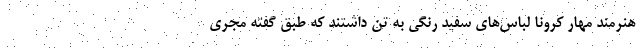
هنرمند مهار کرونا لباس‌های سفید رنگی به تن داشتند که طبق گفته مجری